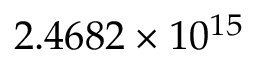
2 . 4 6 8 2 \times 1 0 ^ { 1 5 }